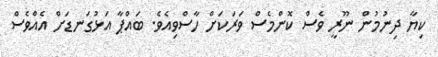
ކިޔާ ދިނުމުން ނޫރީ ވެސް ކޮންމެސް ވަރަކަށް ހާސްވިއެވެ. ބައްޕާ އަޅުގަނޑަށް އެއްވެސް